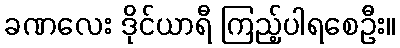
ခဏလေး ဒိုင်ယာရီ ကြည့်ပါရစေဦး။